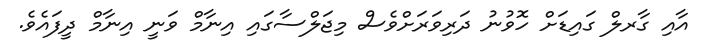
އާއި ގާރލް ގައިޑަށް ހޮވުނު ދަރިވަރަށްވެސް މިޖަލްސާގައި އިނާމް ވަނީ އިނާމް ދީފައެވެ.